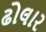
ઢોલાર